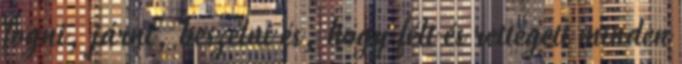
fogni, járni, beszélni és, hogy félt és rettegett minden